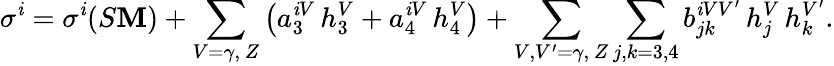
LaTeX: \sigma^{\mathit{i}}=\sigma^{\mathit{i}}(S\mathbf{M})+\sum_{V=\gamma,\, Z}\left(a_{3}^{\mathit{i}V}\, h_{3}^{V}+a_{4}^{\mathit{i}V}\, h_{4}^{V}\right)+\sum_{V,V^{\prime}=\gamma,\, Z}\sum_{j,k=3,4}b_{jk}^{\mathit{i}VV^{\prime}}\, h_{j}^{V}\, h_{k}^{V^{\prime}}.